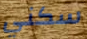
سكني